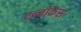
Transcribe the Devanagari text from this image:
एल्बीकैंस